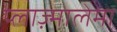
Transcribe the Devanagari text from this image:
प्लाज़्मालेमा